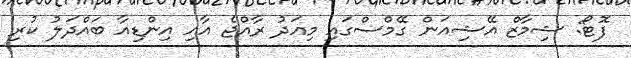
ފޮޓޯ: ޝިމާޒް އޭޝިއަން ގޭމްސްގައި މިއަދު ރާއްޖެ އާއި އިންޑިއާ ބައްދަލު ކުރި